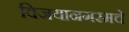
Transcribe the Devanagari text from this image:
विजयानगरमचे